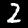
Digit: 2